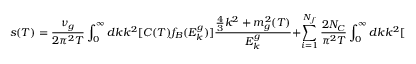
s ( T ) = \frac { \nu _ { g } } { 2 \pi ^ { 2 } T } \int _ { 0 } ^ { \infty } d k k ^ { 2 } [ C ( T ) f _ { B } ( E _ { k } ^ { g } ) ] \frac { \frac { 4 } { 3 } k ^ { 2 } + m _ { g } ^ { 2 } ( T ) } { E _ { k } ^ { g } } + \sum _ { i = 1 } ^ { N _ { f } } \frac { 2 N _ { C } } { \pi ^ { 2 } T } \int _ { 0 } ^ { \infty } d k k ^ { 2 } [ C ( T ) f _ { D } ( E _ { k } ^ { i } ) ] \frac { \frac { 4 } { 3 } k ^ { 2 } + m _ { i } ^ { 2 } ( T ) } { E _ { k } ^ { i } } .